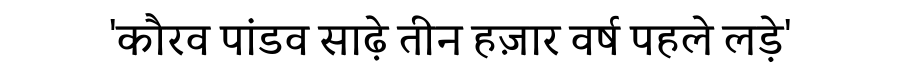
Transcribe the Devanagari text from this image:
'कौरव पांडव साढ़े तीन हज़ार वर्ष पहले लड़े'